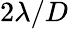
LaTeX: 2\lambda/D